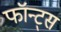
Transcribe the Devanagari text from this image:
फॉन्ट्स